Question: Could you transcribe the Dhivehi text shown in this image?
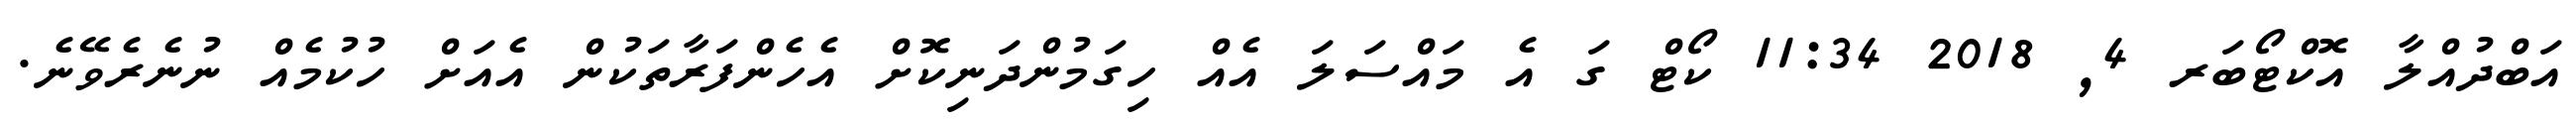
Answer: އަބްދުއްލާ އޮކްޓޯބަރ 4, 2018 11:34 ކޯޓް ގަ އެ މައްސަލަ އެއް ހިގަމުންދަނިކޮށް އެހެންފަރާތަކުން އެއަށް ހުކުމެއް ނުނެރެވޭނެ.